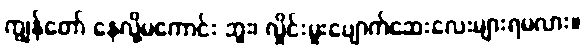
ကျွန်တော် နေလို့မကောင်း ဘူး၊ လှိုင်းမူးပျောက်ဆေးလေးများရမလား။